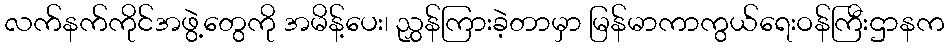
လက်နက်ကိုင်အဖွဲ့တွေကို အမိန့်ပေး၊ ညွှန်ကြားခဲ့တာမှာ မြန်မာကာကွယ်ရေးဝန်ကြီးဌာနက